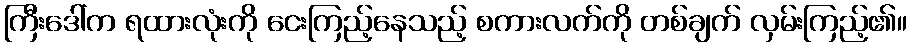
ကြီးဒေါ်က ရထားလုံးကို ငေးကြည့်နေသည့် စကားလက်ကို တစ်ချက် လှမ်းကြည့်၏။